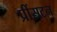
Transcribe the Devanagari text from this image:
प्रींसटन